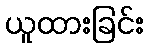
ယူထားခြင်း